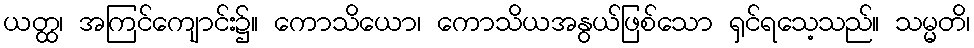
ယတ္ထ၊ အကြင်ကျောင်း၌။ ကောသိယော၊ ကောသိယအနွယ်ဖြစ်သော ရှင်ရသေ့သည်။ သမ္မတိ၊